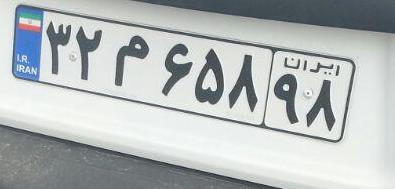
۳۲م۶۵۸۹۸